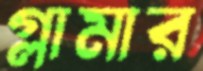
গ্লামার